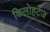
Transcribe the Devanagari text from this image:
किलोहर्टज